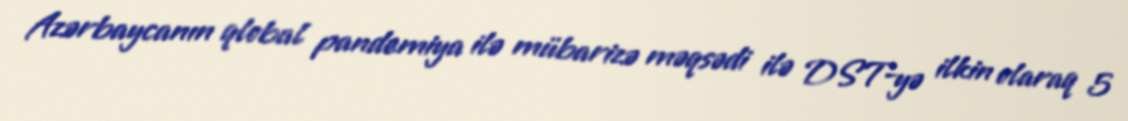
Azərbaycanın qlobal pandemiya ilə mübarizə məqsədi ilə DST-yə ilkin olaraq 5